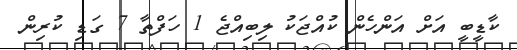
ކާޑީބީ އަށް އަންހެން ކުއްޖަކު ލިބިއްޖެ 1 ހަފްތާ 7 ގަޑި ކުރިން